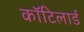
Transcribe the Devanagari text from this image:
कॉटिलार्ड